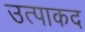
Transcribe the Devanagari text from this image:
उत्पाकद